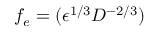
f _ { e } = ( \epsilon ^ { 1 / 3 } D ^ { - 2 / 3 } )